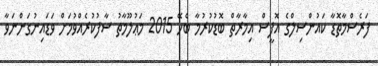
ފަރެސްމާތޮޑާ ކައުންސިލްގެ އޮފީސް އިމާރާތް ބޮޑުކުރުމާ ބެހޭ 2015 މަޢުލޫމާތު ސާފުކުރެއްވުމަށް ވަޑައިނުގަންނަވާ